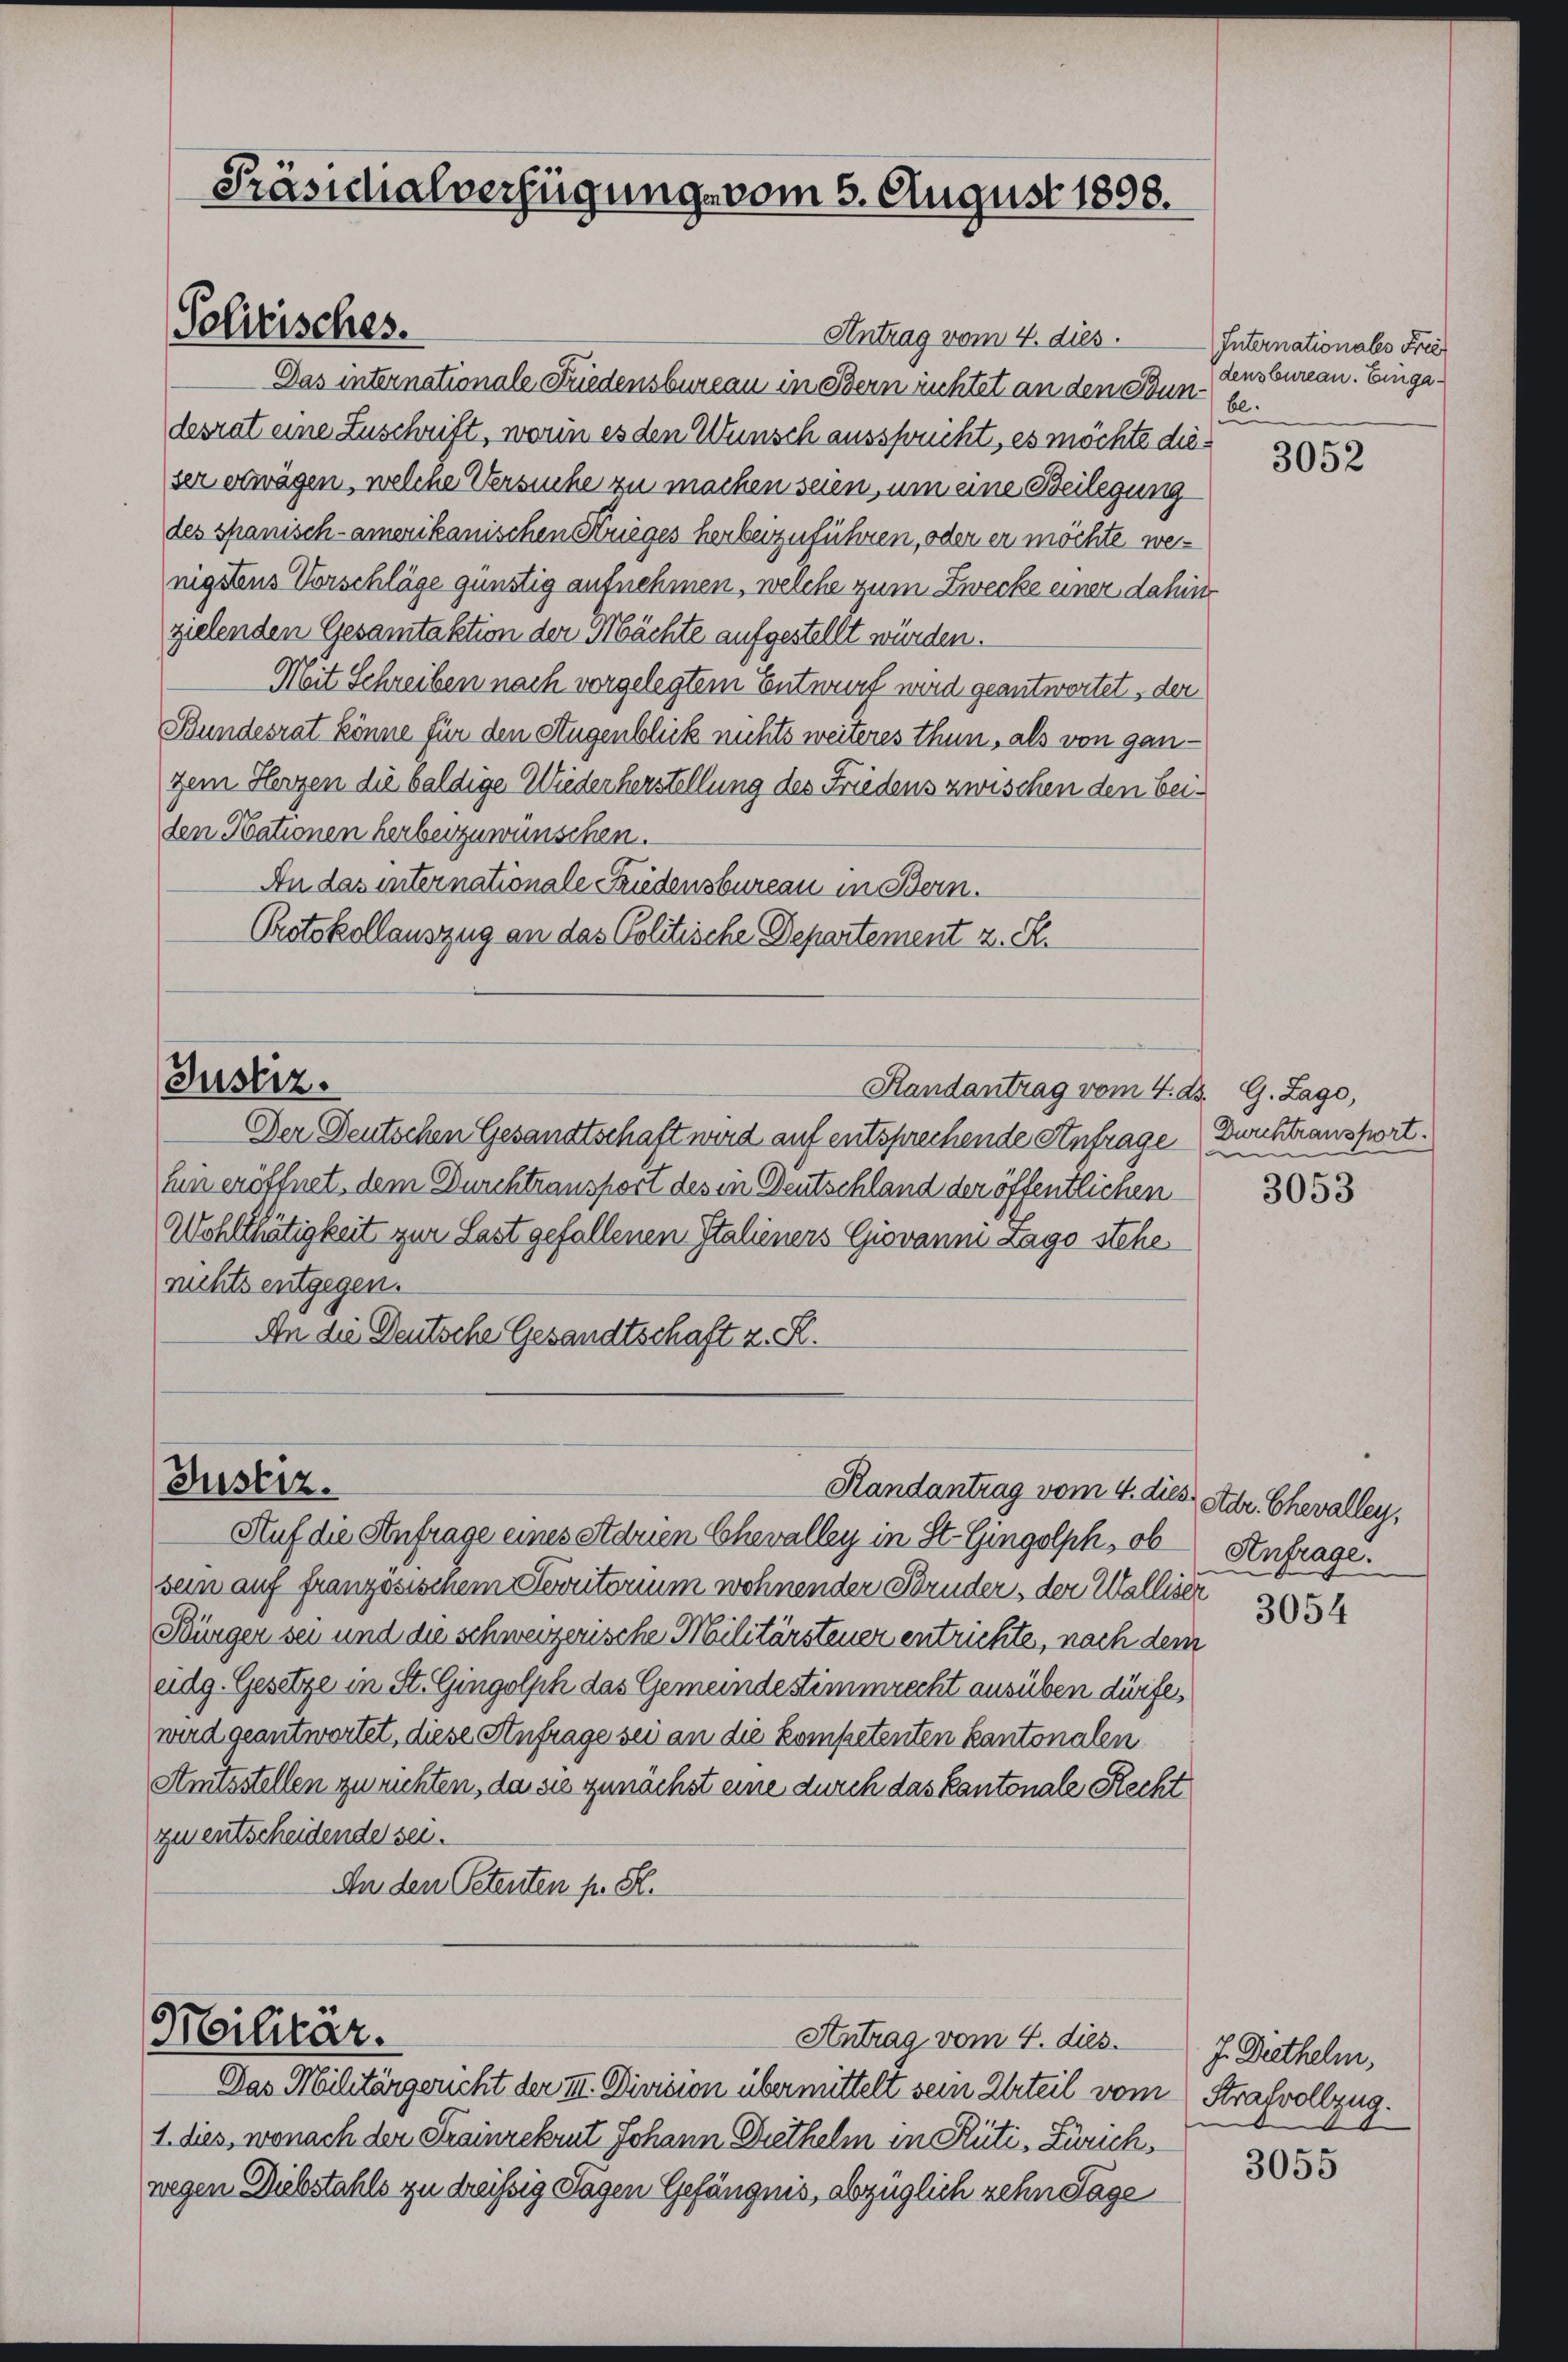
Präsidialverfügung vom 5. August 1898.

Politisches.

Antrag vom 4. dies
Das internationale Friedensbureau in Bern richtet an den Stundesrat eine Zuschrift, worin es den Wunsch aussprucht, es möchte dieser etwagen, welche Versuche zu machen seien, um eine Beilegung
des spanisch-amerikanischen Krieges herbeizuführen, oder er möchte wenigstens Vorschläge günstig aufnehmen, welche zum Zwecke einer dahin
zielenden Gesamtaktion der Mächte aufgestellt würden.
Mit Schreiben nach vorgelegtem Entwurf wird geantwortet, der
Bundesrat könne für den Augenblick nichts weiteres thun, als von ganzem Herzen die baldige Wiederherstellung des Friedens zwischen den beiden Stationen herbeizuwünschen.
An das internationale Friedensbureau in Bern.
Protokollauszug an das Politische Departement z. S.
Justiz.
Randantrag vom 4. d. G. Zago,
Der Deutschen Gesandtschaft wird auf entsprechende Anfrage
hun eröffnet, dem Durchtransport des in Deutschland der öffentlichen
Wohlthätigkeit zur Last gefallenen Italieners Giovanni Lago stehe
ruchts entgegen.
An die Deutsche Gesandtschaft z. St.

Justiz.

Militär.

Auf die Anfrage eines Stdrien Chevalley in St. Gingolph, ob
sein auf französischem Sterritorium wohnender Bruder, der Walliser
Bürger sei und die schweizerische Militärsteuer entrichte, nach dem
adg. Gesetze in St. Gingolph das Gemeindestimmrecht ausüben dürfe,
wird geantwortet, diese Anfrage sei an die kompetenten kantonalen
Amtsstellen zu nichten, da sie zunächst eine durch das kantonale Recht
zu entscheidende sei.
An den Petenten pr. S.

Antrag vom 4. dies

Randantrag vom 4. dies Ster. Chevalley,

Das Militärgericht der III. Division übermittelt sein Urteil vom Strafvollzug.
1. dies, wonach der Trainrekrut Johann Diethelm in Rüti, Zürich,
wegen Diebstahls zu dreissig Tagen Gefängnis, abzüglich zehn Tage

Internationales Frei
densbureau. Eingabl.

3052

Durchtransport.

3053

Anfrage.

3054

J. Diethelm,

3055